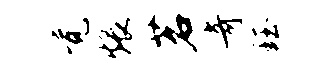
觉煨茗奇珏